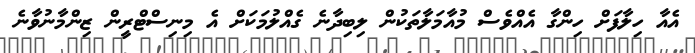
އެއާ ހިލާފަށް ހިންގާ އެއްވެސް މުއާމަލާތަކުން ލިބިދާނެ ގެއްލުމަކަށް އެ މިނިސްޓްރީން ޒިންމާނުވާނެ